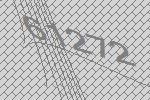
61272